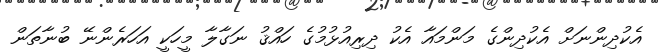
އެކުދިންނަށް އެކުދިންގެ މަންމައާ އެކު ދިރިއުޅުމުގެ ހައްޤު ނަގާލާ މީހަކީ އަހަރެންނޭ ބުނާތަން